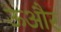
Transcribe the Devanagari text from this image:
ऊऔर